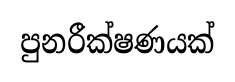
පුනරීක්ෂණයක්